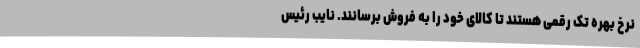
نرخ بهره تک رقمی هستند تا کالای خود را به فروش برسانند. نایب رئیس